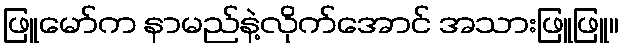
ဖြူမော်က နာမည်နဲ့လိုက်အောင် အသားဖြူဖြူ။